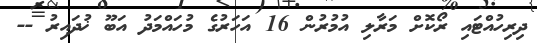
ދިރިހުއްޓައި ރޯކޮށް މަރާލި އުމުރުން 16 އަހަރުގެ މުހައްމަދު އަބޫ ޚުދައިރު --